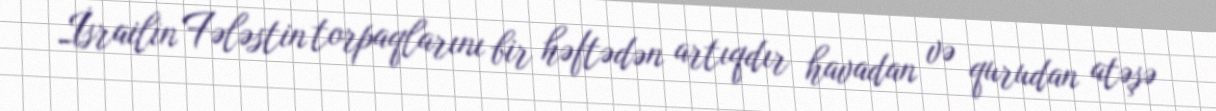
İsrailin Fələstin torpaqlarını bir həftədən artıqdır havadan və qurudan atəşə